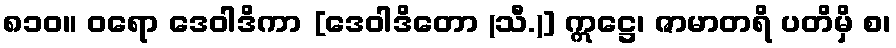
၈၁၀။ ဝရော ဒေဝါဒိကာ [ဒေဝါဒိတော (သီ.)] ဣဋ္ဌေ၊ ဇာမာတရိ ပတိမှိ စ၊